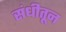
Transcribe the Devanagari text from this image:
संधीतून